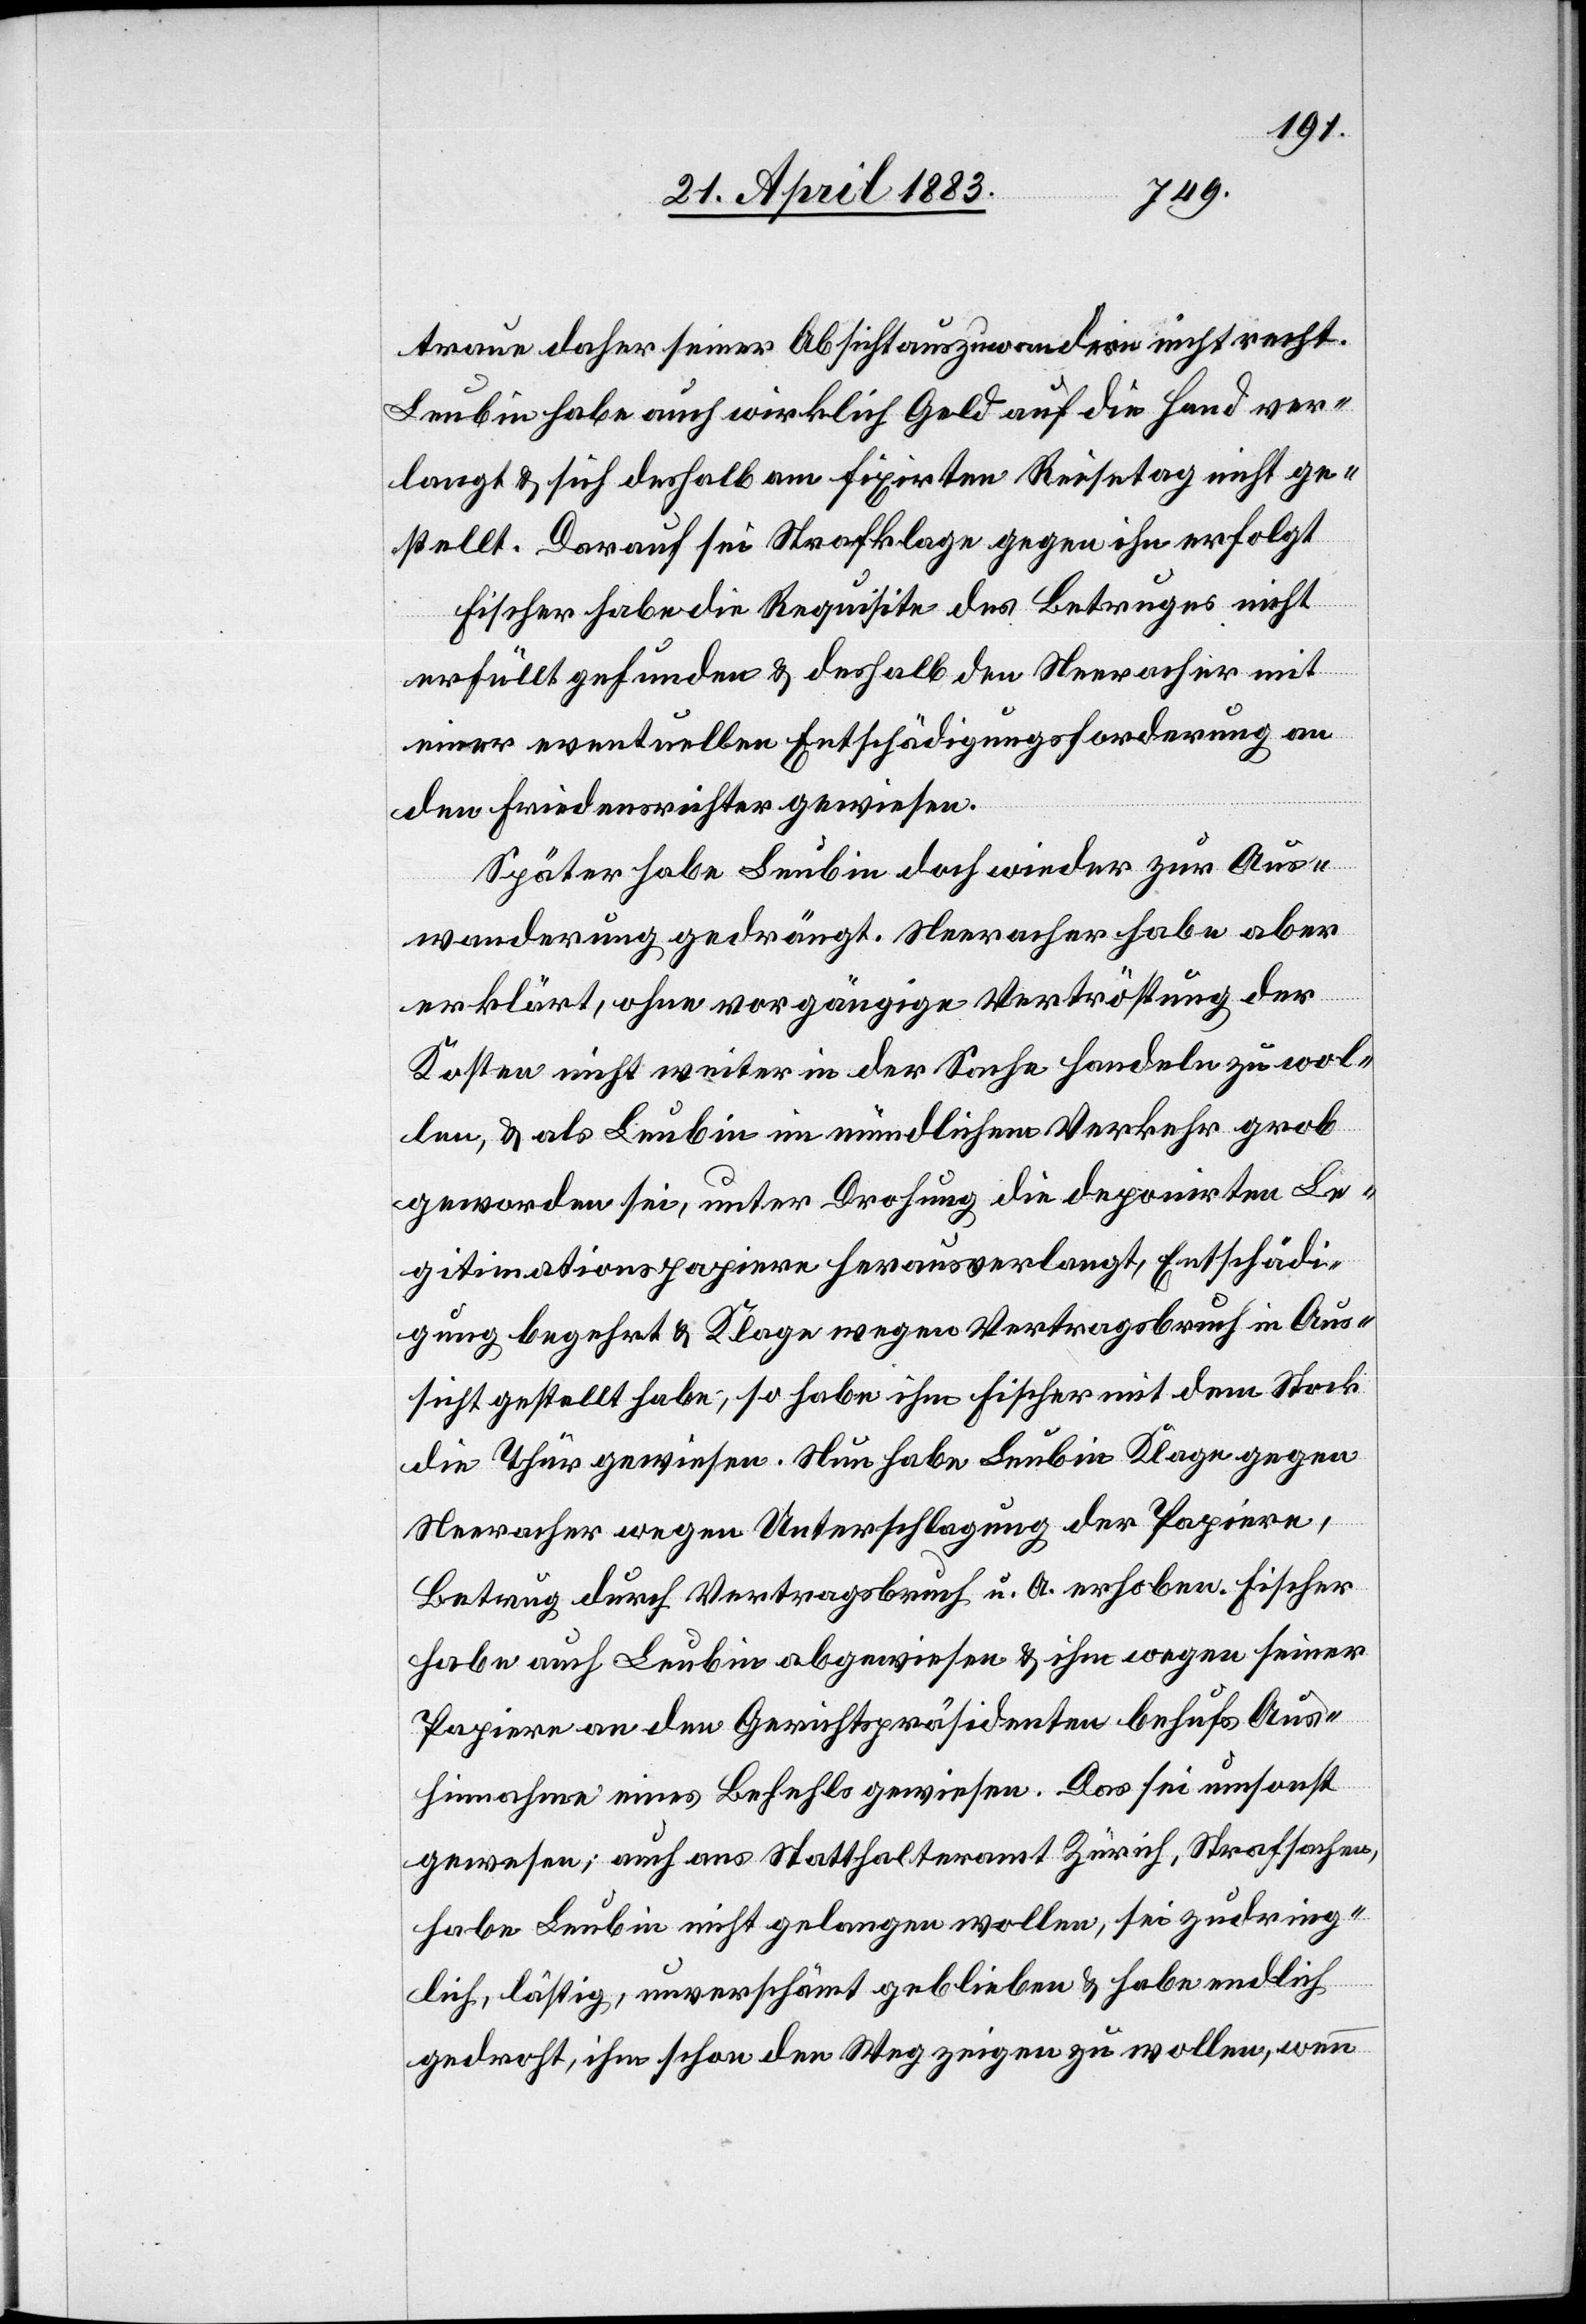
traue daher seiner Absicht auszuwandern nicht recht.
Leubin habe auch wirklich Geld auf die Hand ver¬
langt & sich deshalb am fixirten Reisetag nicht ge¬
stellt. Darauf sei Strafklage gegen ihn erfolgt.
Fischer habe die Requisite des Betruges nicht
erfüllt gefunden & deshalb den Neeracher mit
einer eventuellen Entschädigungsforderung an
den Friedensrichter gewiesen.
Später habe Leubin doch wieder zur Aus¬
wanderung gedrängt. Neeracher habe aber
erklärt, ohne vorgängige Vertröstung der
Kosten nicht weiter in der Sache handeln zu wol¬
len, & als Leubin im mündlichen Verkehr grob
geworden sei, unter Drohung die deponirten Le¬
gitimationspapiere herausverlangt, Entschädi¬
gung begehrt & Klage wegen Vertragsbruch in Aus¬
sicht gestellt habe, so habe ihm Fischer mit dem Stock
die Thür gewiesen. Nun habe Leubin Klage gegen
Neeracher wegen Unterschlagung der Papiere,
Betrug durch Vertragsbruch u. A. erhoben. Fischer
habe auch Leubin abgewiesen & ihm wegen seiner
Papiere an den Gerichtspräsidenten behufs Aus¬
hinnahme eines Befehls gewiesen. Das sei umsonst
gewesen; auch ans Statthalteramt Zürich, Strafsachen,
habe Leubin nicht gelangen wollen, sei zudring¬
lich, lästig, unverschämt geblieben & habe endlich
gedroht, ihm schon den Weg zeigen zu wollen, wenn